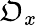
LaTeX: \mathfrak{O}_{x}